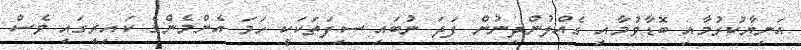
އަނިޔާކުރުމާއި ބޮޑާވުމާއި ގެއްލުންދިނުން ފަދަ ނުބައި ސިފަތަކަކީ ހަމަ އެންމެންގެ ކައިރީގައި ވެސް